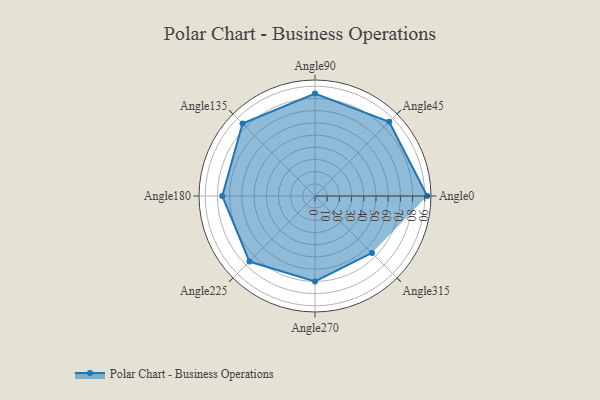
{"axis": {"x": "Angle", "y": "Radius"}, "legend": [""], "data": [{"x": "Angle0", "y": 92.0, "type": ""}, {"x": "Angle45", "y": 86.0, "type": ""}, {"x": "Angle90", "y": 84.0, "type": ""}, {"x": "Angle135", "y": 84.0, "type": ""}, {"x": "Angle180", "y": 76.0, "type": ""}, {"x": "Angle225", "y": 76.0, "type": ""}, {"x": "Angle270", "y": 70.0, "type": ""}, {"x": "Angle315", "y": 66.0, "type": ""}]}